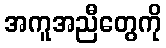
အကူအညီတွေကို